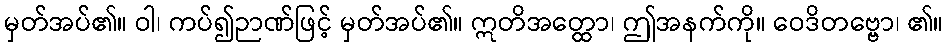
မှတ်အပ်၏။ ဝါ၊ ကပ်၍ဉာဏ်ဖြင့် မှတ်အပ်၏။ ဣတိအတ္ထော၊ ဤအနက်ကို။ ဝေဒိတဗ္ဗော၊ ၏။